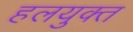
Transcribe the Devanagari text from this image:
हलयुक्त